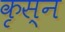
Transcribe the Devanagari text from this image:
कृस्न